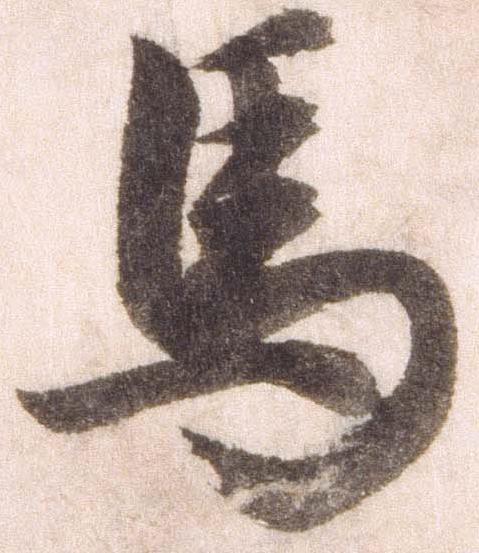
馬